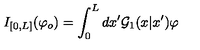
I _ { [ 0 , L ] } ( \varphi _ { o } ) = \int _ { 0 } ^ { L } d x ^ { \prime } { \cal G } _ { 1 } ( x | x ^ { \prime } ) \varphi